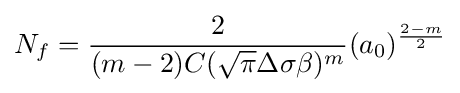
N_{f}={\frac {2}{(m-2)C({\sqrt {\pi }}\Delta \sigma \beta )^{m}}}(a_{0})^{\frac {2-m}{2}}